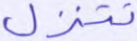
تتنزل